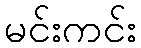
မင်းကင်း